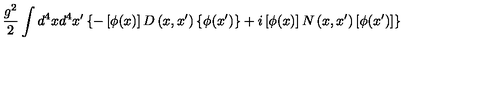
\frac { g ^ { 2 } } 2 \int d ^ { 4 } x d ^ { 4 } x ^ { \prime } \left\{ - \left[ \phi ( x ) \right] D \left( x , x ^ { \prime } \right) \left\{ \phi ( x ^ { \prime } ) \right\} + i \left[ \phi ( x ) \right] N \left( x , x ^ { \prime } \right) \left[ \phi ( x ^ { \prime } ) \right] \right\}